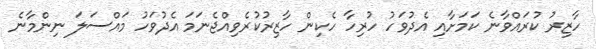
ހާޒިރު ކުރައްވާނެ ކަމަށާއި އެދުވަހު ހުރިހާ ހެކިން ހާޒިރުކުރެވިއްޖެނަމަ އެދުވަހު މައްސަލަ ނިންމާނެ